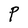
Character: P